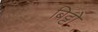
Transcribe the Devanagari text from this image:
बिट्टो